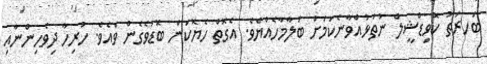
ބަހރަތު ކޮވިޑްޝީލް ނުތަޅުއްވާނެކަމަށް ބަލާމާހެއްޔެވެ. އެގޮތް ހެޔޮކަން ބޮޑުވެގެން ވެއެވެ. ހުރިހާ ދިވެހިންނާއި